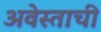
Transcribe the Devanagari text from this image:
अवेस्ताची